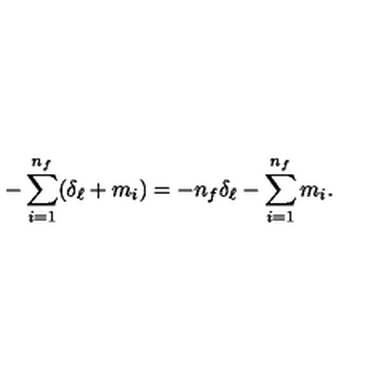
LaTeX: - \sum _ { i = 1 } ^ { n _ { f } } ( \delta _ { \ell } + m _ { i } ) = - n _ { f } \delta _ { \ell } - \sum _ { i = 1 } ^ { n _ { f } } m _ { i } .